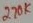
Text: 270K